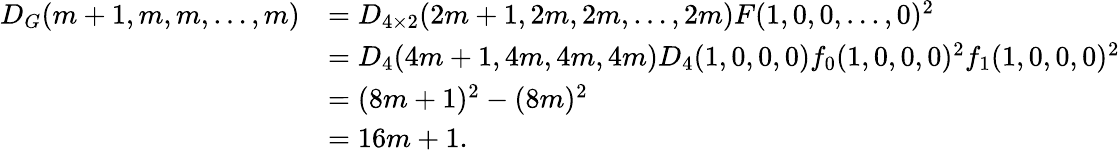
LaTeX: \begin{array}{rl}{D_{G}(m+1,m,m,\ldots,m)}&{=D_{4\times 2}(2m+1,2m,2m,\ldots,2m)F(1,0,0,\ldots,0)^{2}}\\ &{=D_{4}(4m+1,4m,4m,4m)D_{4}(1,0,0,0)f_{0}(1,0,0,0)^{2}f_{1}(1,0,0,0)^{2}}\\ &{=(8m+1)^{2}-(8m)^{2}}\\ &{=16m+1.}\end{array}